Civil Veterinary Dept. North-West Frontier Province 1901-22 - 1901-1922
Year: 1901
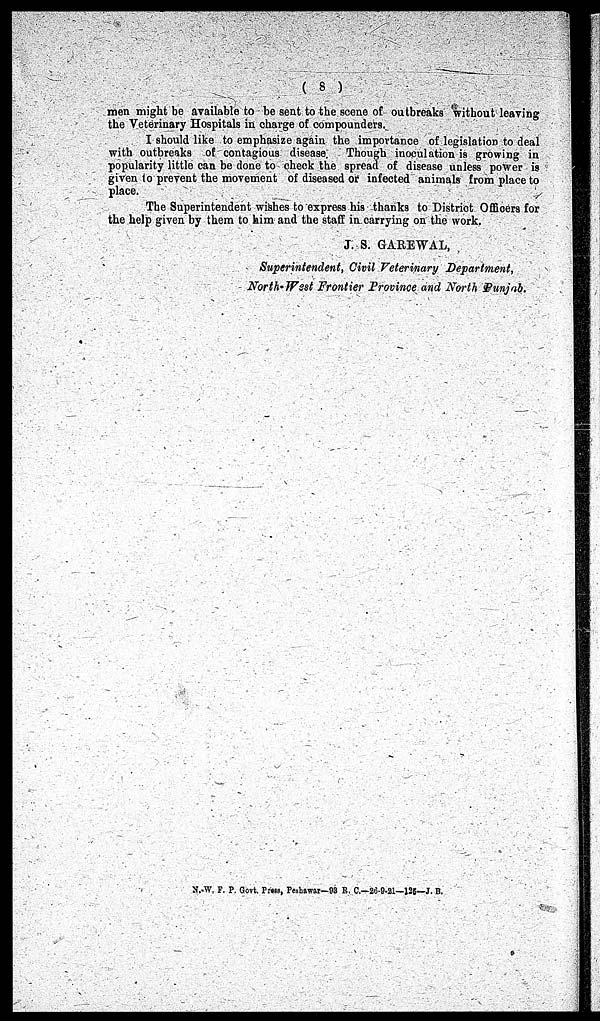
(8)
men might be available to be sent to the scene of outbreaks without leaving
the Veterinary Hospitals in charge of compounders.
I should like to emphasize again the importance of legislation to deal
with outbreaks of contagious disease. Though inoculation is growing in
popularity little can be done to check the spread of disease unless power is
given to prevent the movement of diseased or infected animals from place to
place.
The Superintendent wishes to express his thanks to District Officers for
the help given by them to him and the staff in carrying on the work.
J. S. GAREWAL,
Superintendent, Civil Veterinary Department,
North-West Frontier Province and North Punjab.
N.-W. F. P. Govt. Press, Peshawar—93 R. C.—26-9.21—125—J. B.